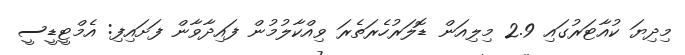
މިދިޔަ ކުއާޓަރުގައި 2.9 މިލިއަން ޑޮލަރުހެރަތެރަ ވިއްކާލުމުން ފައިދާވާން ފަށައިފި: އެމްޓީޑީސީ